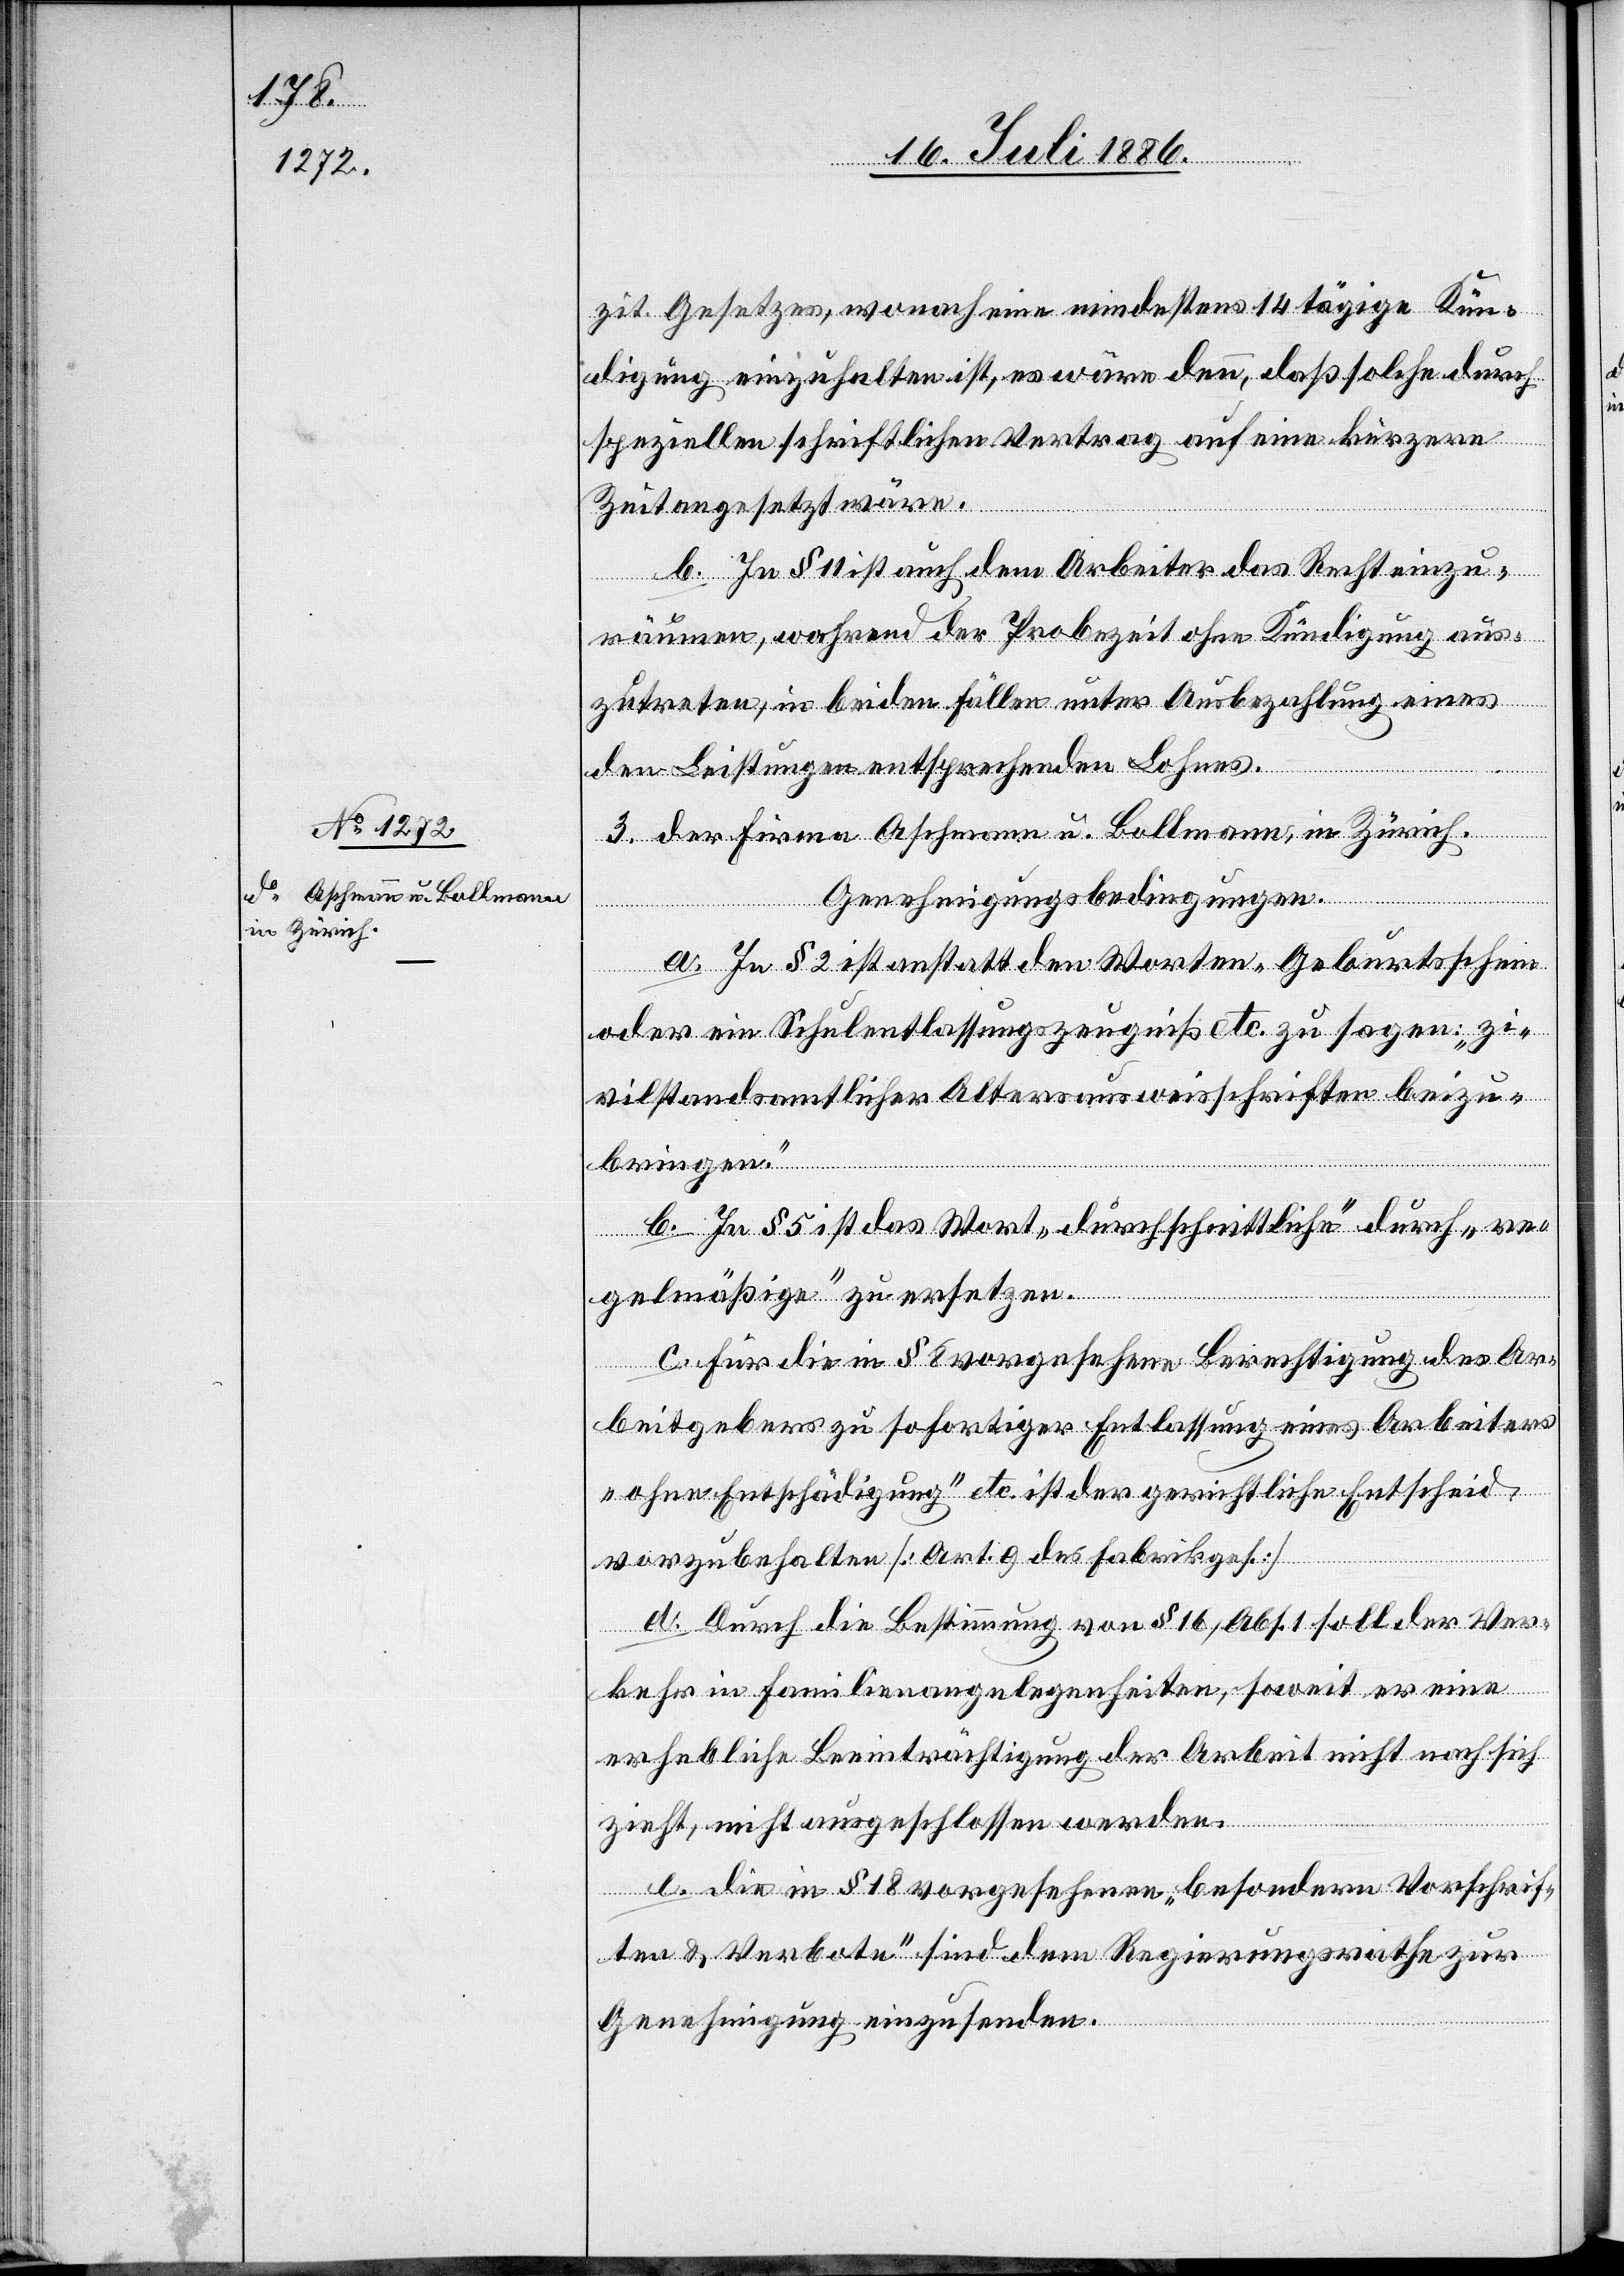
2.253
Firma Aschmann u. Bollmann,
in Zürich.

zit. Gesetzes, wonach eine mindestens 14tägige Kün¬
digung einzuhalten ist, es wäre denn, daß solche durch
speziellen schriftlichen Vertrag auf eine kürzere
Zeit angesetzt wäre.
b. In § 11 ist auch dem Arbeiter das Recht einzu¬
[recte: während] der Probezeit ohne Kündigung aus¬
zutreten, in beiden Fällen unter Ausbezahlung eines
den Leistungen entsprechenden Lohnes.
Genehmigungsbedingungen.
a. In § 2 ist anstatt den Worten „Geburtsschein
oder ein Schulentlassungszeugniß etc.“ zu sagen: „zi¬
vilstandsamtlicher Altersausweisschriften beizu¬
b. In § 5 das Wort „durchschnittliche“ durch „re¬
bringen.“
gelmäßige“ zu ersetzen.
c. Für die in § 8 vorgesehene Berechtigung des Ar¬
beitgebers zu sofortiger Entlassung eines Arbeiters
„ohne Entschädigung“ etc. ist der gerichtliche Entscheid
vorzubehalten [Art. 9 des Fabrikges.]
d. Durch die Bestimmung von § 16, Abs. 1 soll der Ver¬
der
kehr in Familienangelegenheiten, soweit er eine
erhebliche Beeinträchtigung der Arbeit nicht nach sich
zieht, nicht ausgeschlossen werden.
e. die in § 18 vorgesehenen „besondern Vorschrif¬
ten & Verbote“ sind dem Regierungsrathe zur
Genehmigung einzusenden.